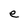
Character: e